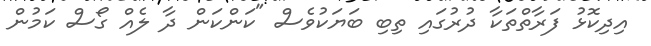
އިދިކޮޅު ފަރާތްތަކާ ދުރުގައި ތިބި ބަޔަކުވެސް "ކަންކަން ދާ ލެއް ގޯސް ކަމުން